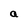
Character: a